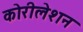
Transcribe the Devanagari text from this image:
कोरीलेशन